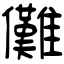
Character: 儺